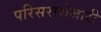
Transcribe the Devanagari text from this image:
परिसराशेजारी